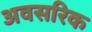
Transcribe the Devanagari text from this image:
अवसरिक